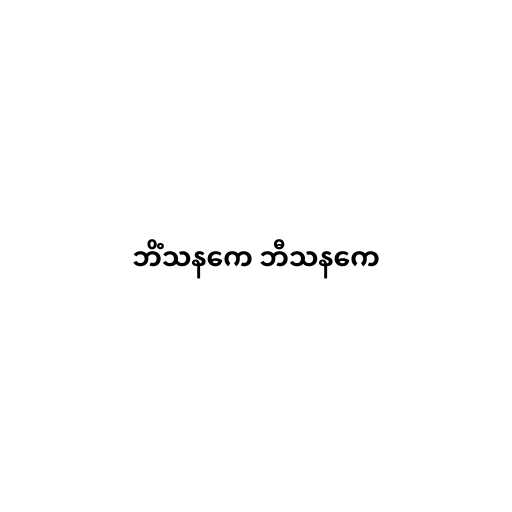
ဘိံသနကေ ဘီသနကေ